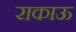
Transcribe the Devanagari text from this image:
राकाऊ